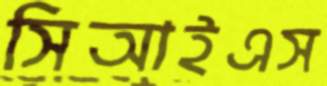
সিআইএস